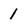
Character: 1